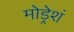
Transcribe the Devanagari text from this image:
मोड्रेशं